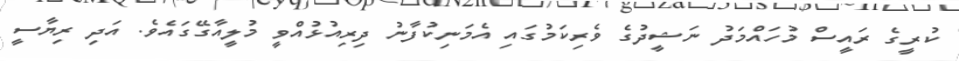
ކުރީގެ ރައީސް މުހައްމަދު ނަޝީދުގެ ވެރިކަމުގައި އެމަނިކުފާނު ދިރިއުޅުއްވީ މުލީއާގޭގައެވެ. އަދި ރިޔާސީ